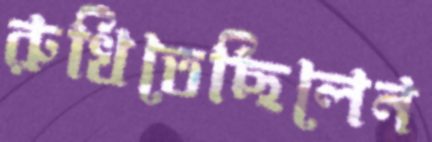
রুখিতেছিলেন